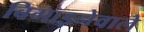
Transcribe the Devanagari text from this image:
बिगाड़नेवाले